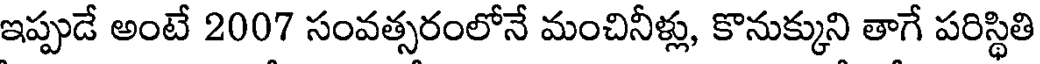
ఇప్పుడే అంటే 2007 సంవత్సరంలోనే మంచినీళ్లు, కొనుక్కుని తాగే పరిస్థితి